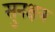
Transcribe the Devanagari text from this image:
सुनक्षत्र